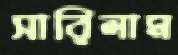
সারিলাম